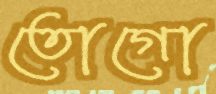
তোগো